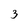
Character: 3